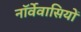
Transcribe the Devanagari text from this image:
नॉर्वेवासियों